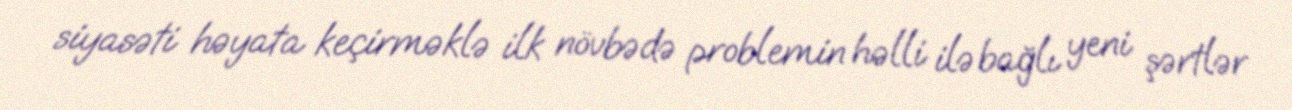
siyasəti həyata keçirməklə ilk növbədə problemin həlli ilə bağlı yeni şərtlər